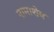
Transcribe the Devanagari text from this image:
नामाशेष